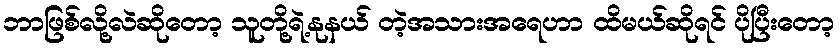
ဘာဖြစ်လို့လဲဆိုတော့ သူတို့ရဲ့နုနယ် တဲ့အသားအရေဟာ ထိမယ်ဆိုရင် ပိုပြီးတော့